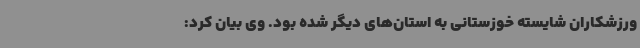
ورزشکاران شایسته خوزستانی به استان‌های دیگر شده بود. وی بیان کرد: